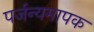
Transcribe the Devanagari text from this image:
पर्जन्यमापक